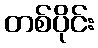
တစ်ပိုင်း